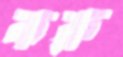
করু